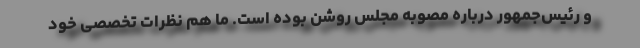
و رئیس‌جمهور درباره مصوبه مجلس روشن بوده است. ما هم نظرات تخصصی خود